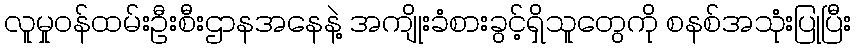
လူမှုဝန်ထမ်းဦးစီးဌာနအနေနဲ့ အကျိုးခံစားခွင့်ရှိသူတွေကို စနစ်အသုံးပြုပြီး